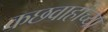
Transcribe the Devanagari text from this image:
कछवाहांच्या